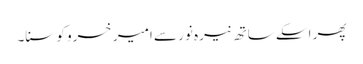
پھر اسکے ساتھ نیرہ نور سے امیر خسرو کو سنا۔